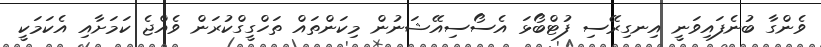
ވެންގާ ބުނެފައިވަނީ އިނގިރޭސި ފުޓްބޯޅަ އެސޯސިއޭޝަނުން މިކަންތައް ތަހްގީގްކުރަން ވެއްޖެ ކަމަށާއި އެކަމަކީ